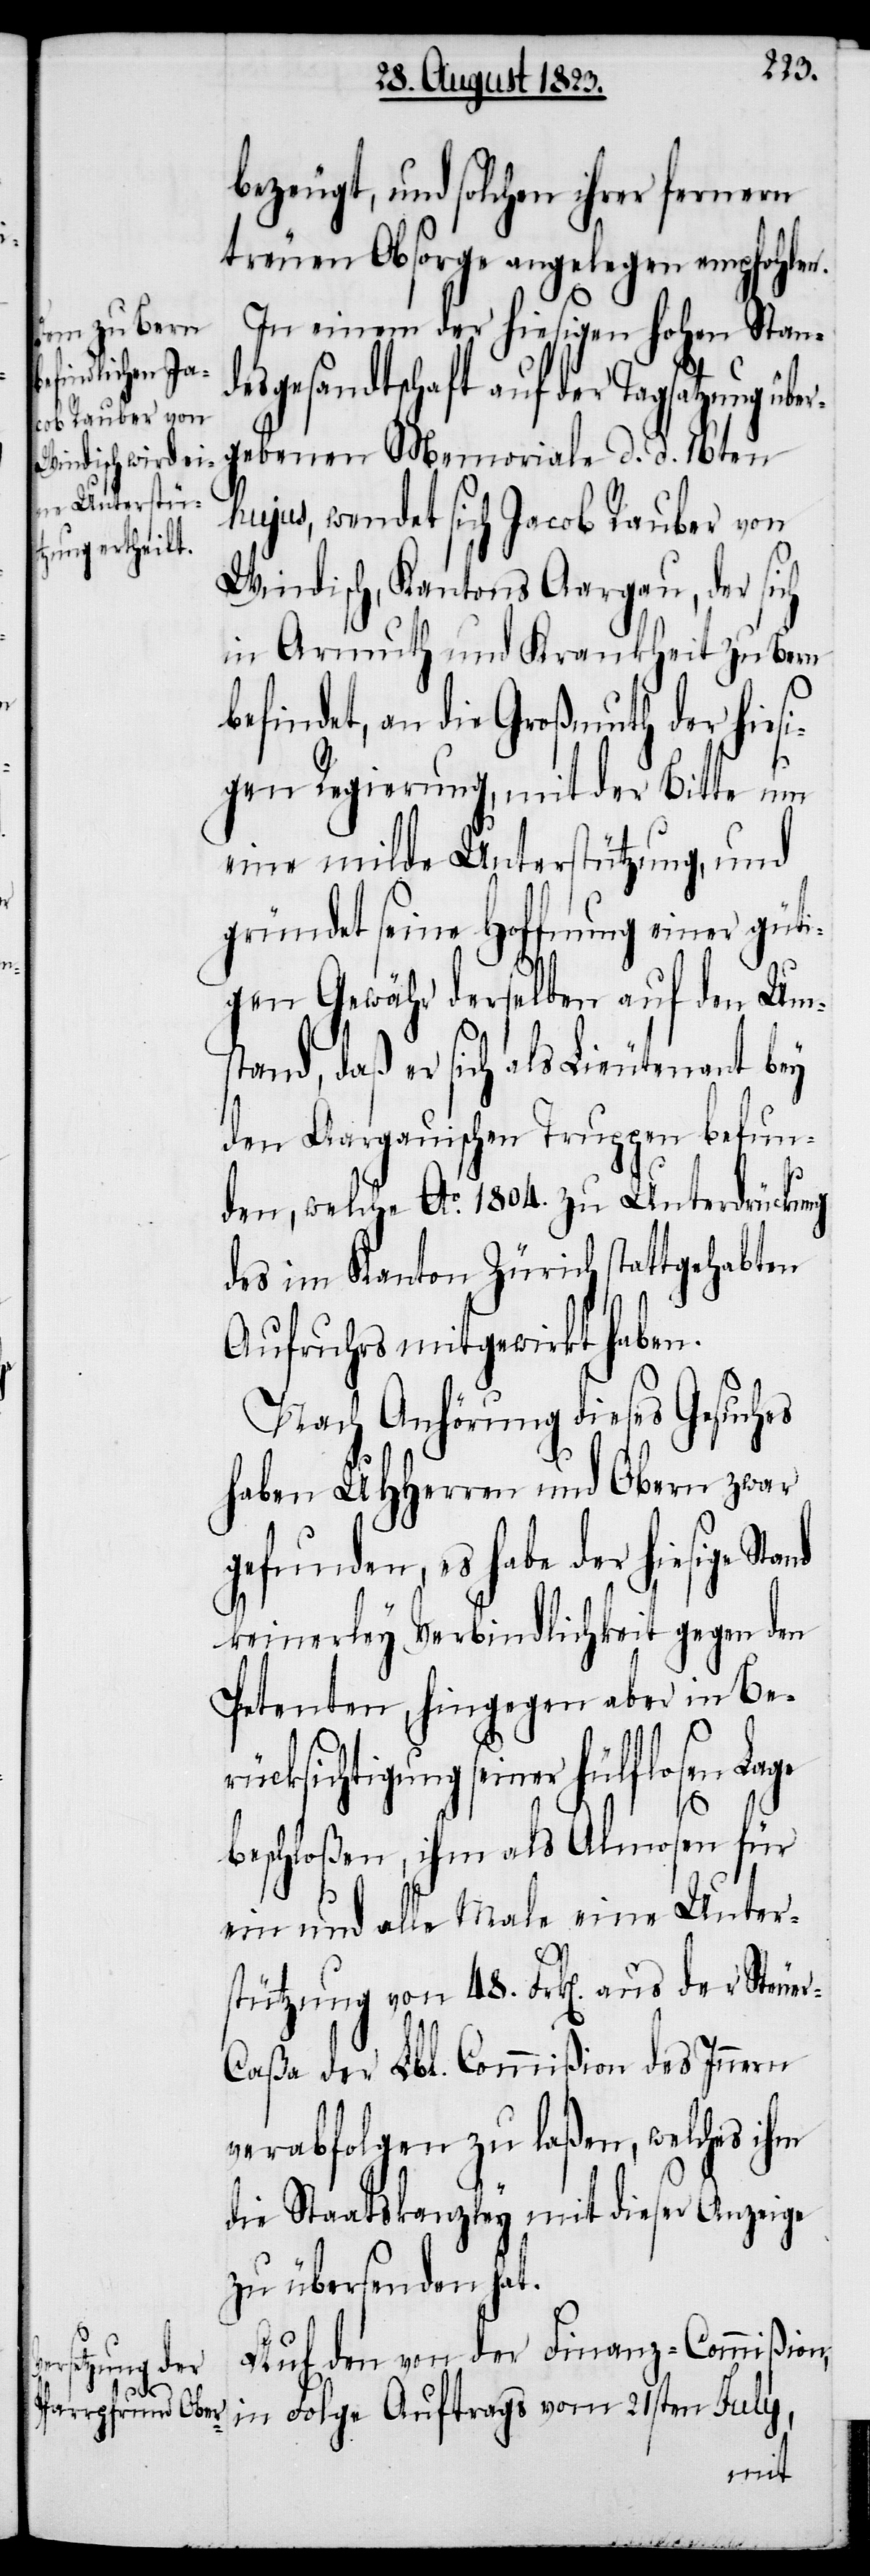
ber¬

bezeugt, und solchen ihrer fernern
treuen Obsorge angelegen empfohlen.
In einem der hiesigen hohen Stand¬
esgesandtschaft auf der Tagsatzung ü¬
gebenen Memoriale d. d. 16ten
hujus, wendet sich Jacob Rauber von
Windisch, Kantons Aargau, der sich
in Armuth und Krankheit zu Bern
befindet, an die Großmuth der hies¬
igen Regierung, mit der Bitte um
eine milde Unterstützung, und
gründet seine Hoffnung einer güti¬
gen Gewähr derselben auf den Um¬
stand, daß er sich als Lieutenant bey
den Aargauischen Truppen befun¬
den, welche Ao. 1804. zu Unterdrückung
des im Kanton Zürich stattgehabten
Aufruhrs mitgewirkt haben.
Nach Anhörung dieses Gesuches
haben UHHerren und Obern zwar
gefunden, es habe der hiesige
keinerley Verbindlichkeit gegen den
Petenten, hingegen aber in Be¬
rücksichtigung seiner hülflosen Lage
beschloßen, ihm als Almosen für
ein und alle Male eine Unter¬
stützung von 48. Frk[en]. aus der Steue¬
r-Caßa der Lbl. Commißion des Innern
verabfolgen zu laßen, welches ihm
die Staatskanzley mit dieser Anzeige
zu übersenden hat.